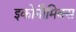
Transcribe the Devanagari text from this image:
इकोनौमिक्स